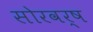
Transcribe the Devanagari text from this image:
सोरवर्ष